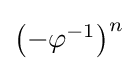
\textstyle {\bigl (}{-\varphi ^{-1}}{\bigr )}^{n}